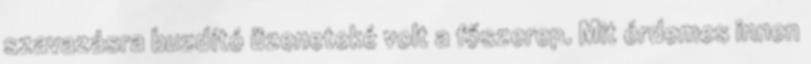
szavazásra buzdító üzeneteké volt a főszerep. Mit érdemes innen